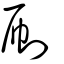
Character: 刷